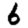
Digit: 6